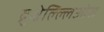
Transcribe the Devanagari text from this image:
ब्रुक्षेल्ल्लिओस